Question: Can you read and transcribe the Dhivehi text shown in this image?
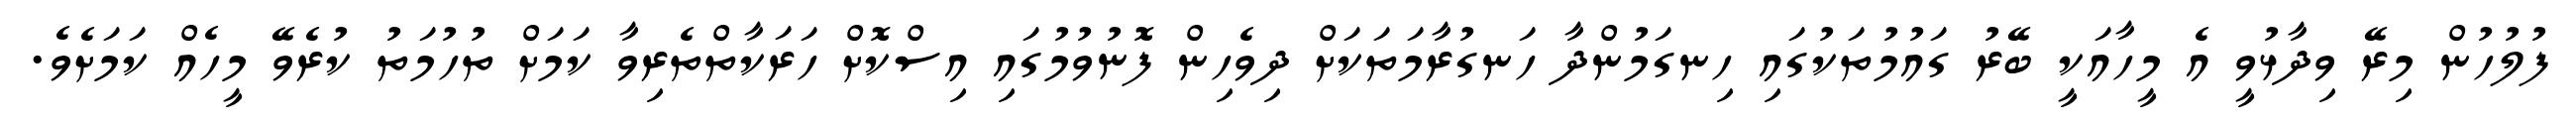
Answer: ފުލުހުން މިރޭ ވިދާޅުވީ އެ މީހާއަކީ ބޭރު ގައުމުތަކުގައި ހިނގަމުންދާ ހަނގުރާމަތަކަށް ދިވެހިން ފޮނުވުމުގައި އިސްކޮށް ހަރަކާތްތެރިވާ ކަމަށް ތުހުމަތު ކުރެވޭ މީހެއް ކަމަށެވެ.